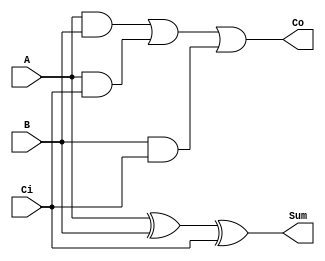
module FullAdder (
    input A, B, Ci,
    output Sum, Co
);

assign Sum = A ^ B ^ Ci; // Sum bit
assign Co = (A & B) | (A & Ci) | (B & Ci); // Carry out

endmodule